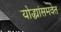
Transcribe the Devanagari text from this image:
योद्ध्यांसमवेत